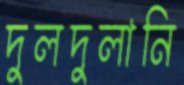
দুলদুলানি